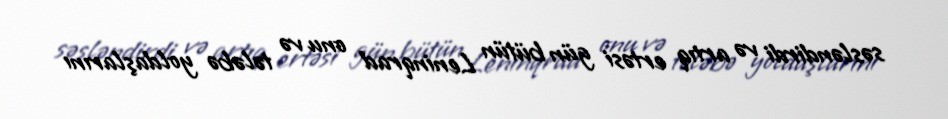
səsləndirdi və artıq ertəsi gün bütün Leninqrad onu və tələbə yoldaşlarını